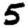
Digit: 5